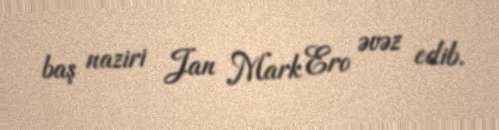
baş naziri Jan Mark Ero əvəz edib.